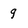
Character: g